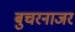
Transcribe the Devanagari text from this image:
बुचरनाजर